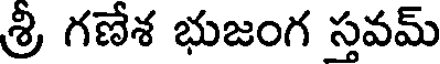
శ్రీ గణేశ భుజంగ స్తవమ్